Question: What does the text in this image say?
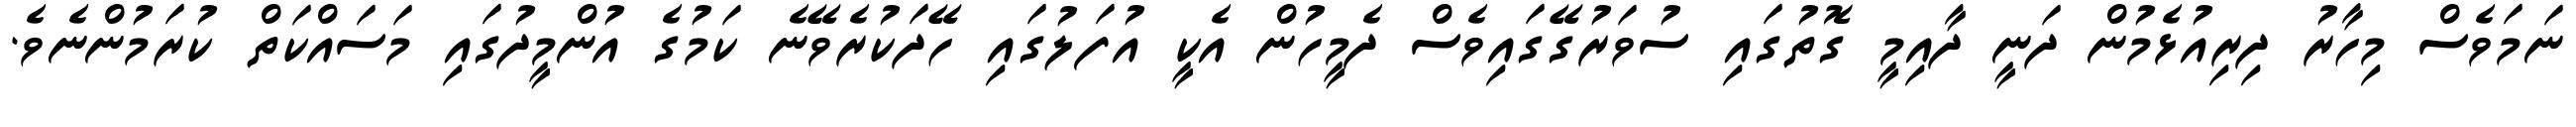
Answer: ނަމަވެސް މިހާރު ދިރިއުޅެމުން ދަނީ ދާއިމީ ގޮތުގައި ސުވަރުގޭގައިވެސް ދެމީހުން އެކީ އުފަލުގައި ހޭދަކުރެވޭނެ ކަމުގެ އުންމީދުގައި މަސައްކަތް ކުރަމުންނެވެ.